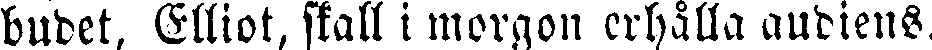
budet, Elliot, skall i morgon erhålla audiens.